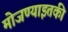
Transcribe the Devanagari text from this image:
मोजण्याइतकी